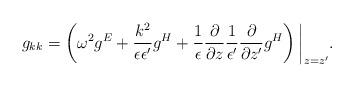
LaTeX: \begin{align*}g_{kk}=\left(\omega^2g^E+{k^2\over\epsilon\epsilon'}g^H+{1\over\epsilon}{\partial\over\partial z}{1\over\epsilon'}{\partial\over\partial z'}g^H\right)\bigg|_{z=z'}.\end{align*}